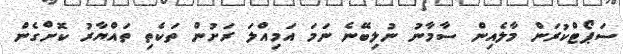
ސަޕޯޓްކުރަން މާލެއިން ސާމާނު ނުލިބޭނެ ނަމަ އަމިއްލަ ރަށުން ތަކެތި ތައްޔާރު ކޮށްގެން